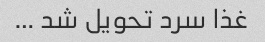
غذا سرد تحویل شد …